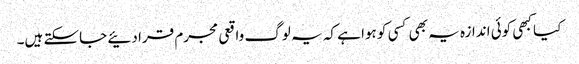
کیا کبھی کوئی اندازہ یہ بھی کسی کو ہوا ہے کہ یہ لوگ واقعی مجرم قرا دئیے جاسکتے ہیں۔